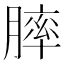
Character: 膟